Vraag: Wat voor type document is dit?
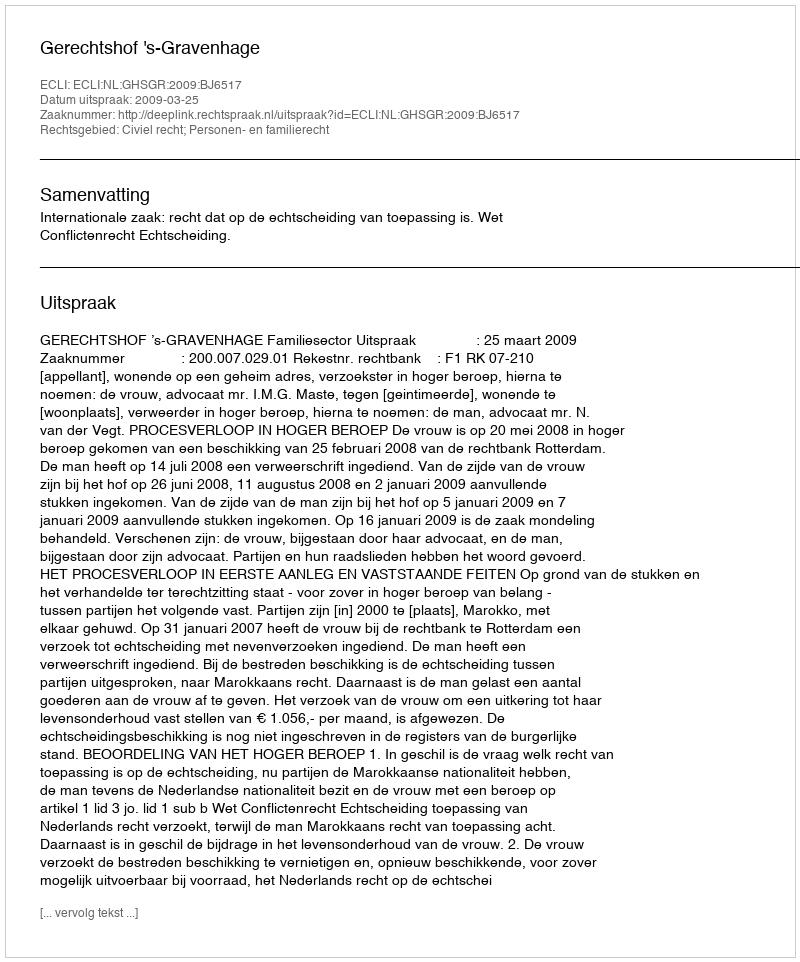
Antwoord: Uitspraak